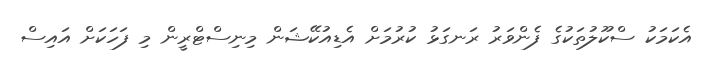
އެކަމަކު ސްކޫލުތަކުގެ ފެންވަރު ރަނގަޅު ކުރުމަށް އެޑިއުކޭޝަން މިނިސްޓްރީން މި ފަހަކަށް އައިސް